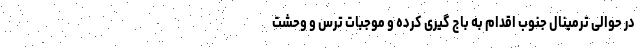
در حوالی ترمینال جنوب اقدام به باج گیری کرده و موجبات ترس و وحشت